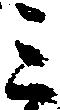
ミ